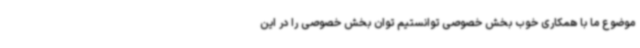
موضوع ما با همکاری خوب بخش خصوصی توانستیم توان بخش خصوصی را در این